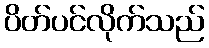
ပိတ်ပင်လိုက်သည်